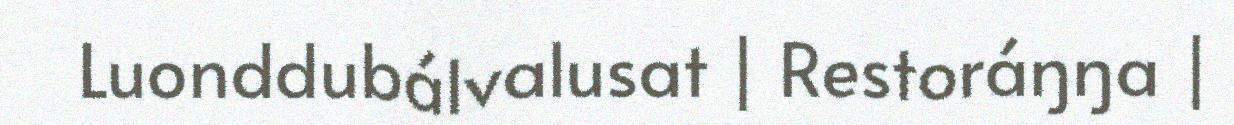
Luonddubálvalusat | Restoráŋŋa |